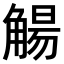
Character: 𫌰